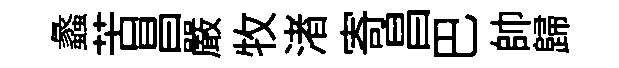
蠡苦昌嚴牧渚寄昌巴帥歸